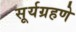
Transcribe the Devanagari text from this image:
सूर्यग्रहणे